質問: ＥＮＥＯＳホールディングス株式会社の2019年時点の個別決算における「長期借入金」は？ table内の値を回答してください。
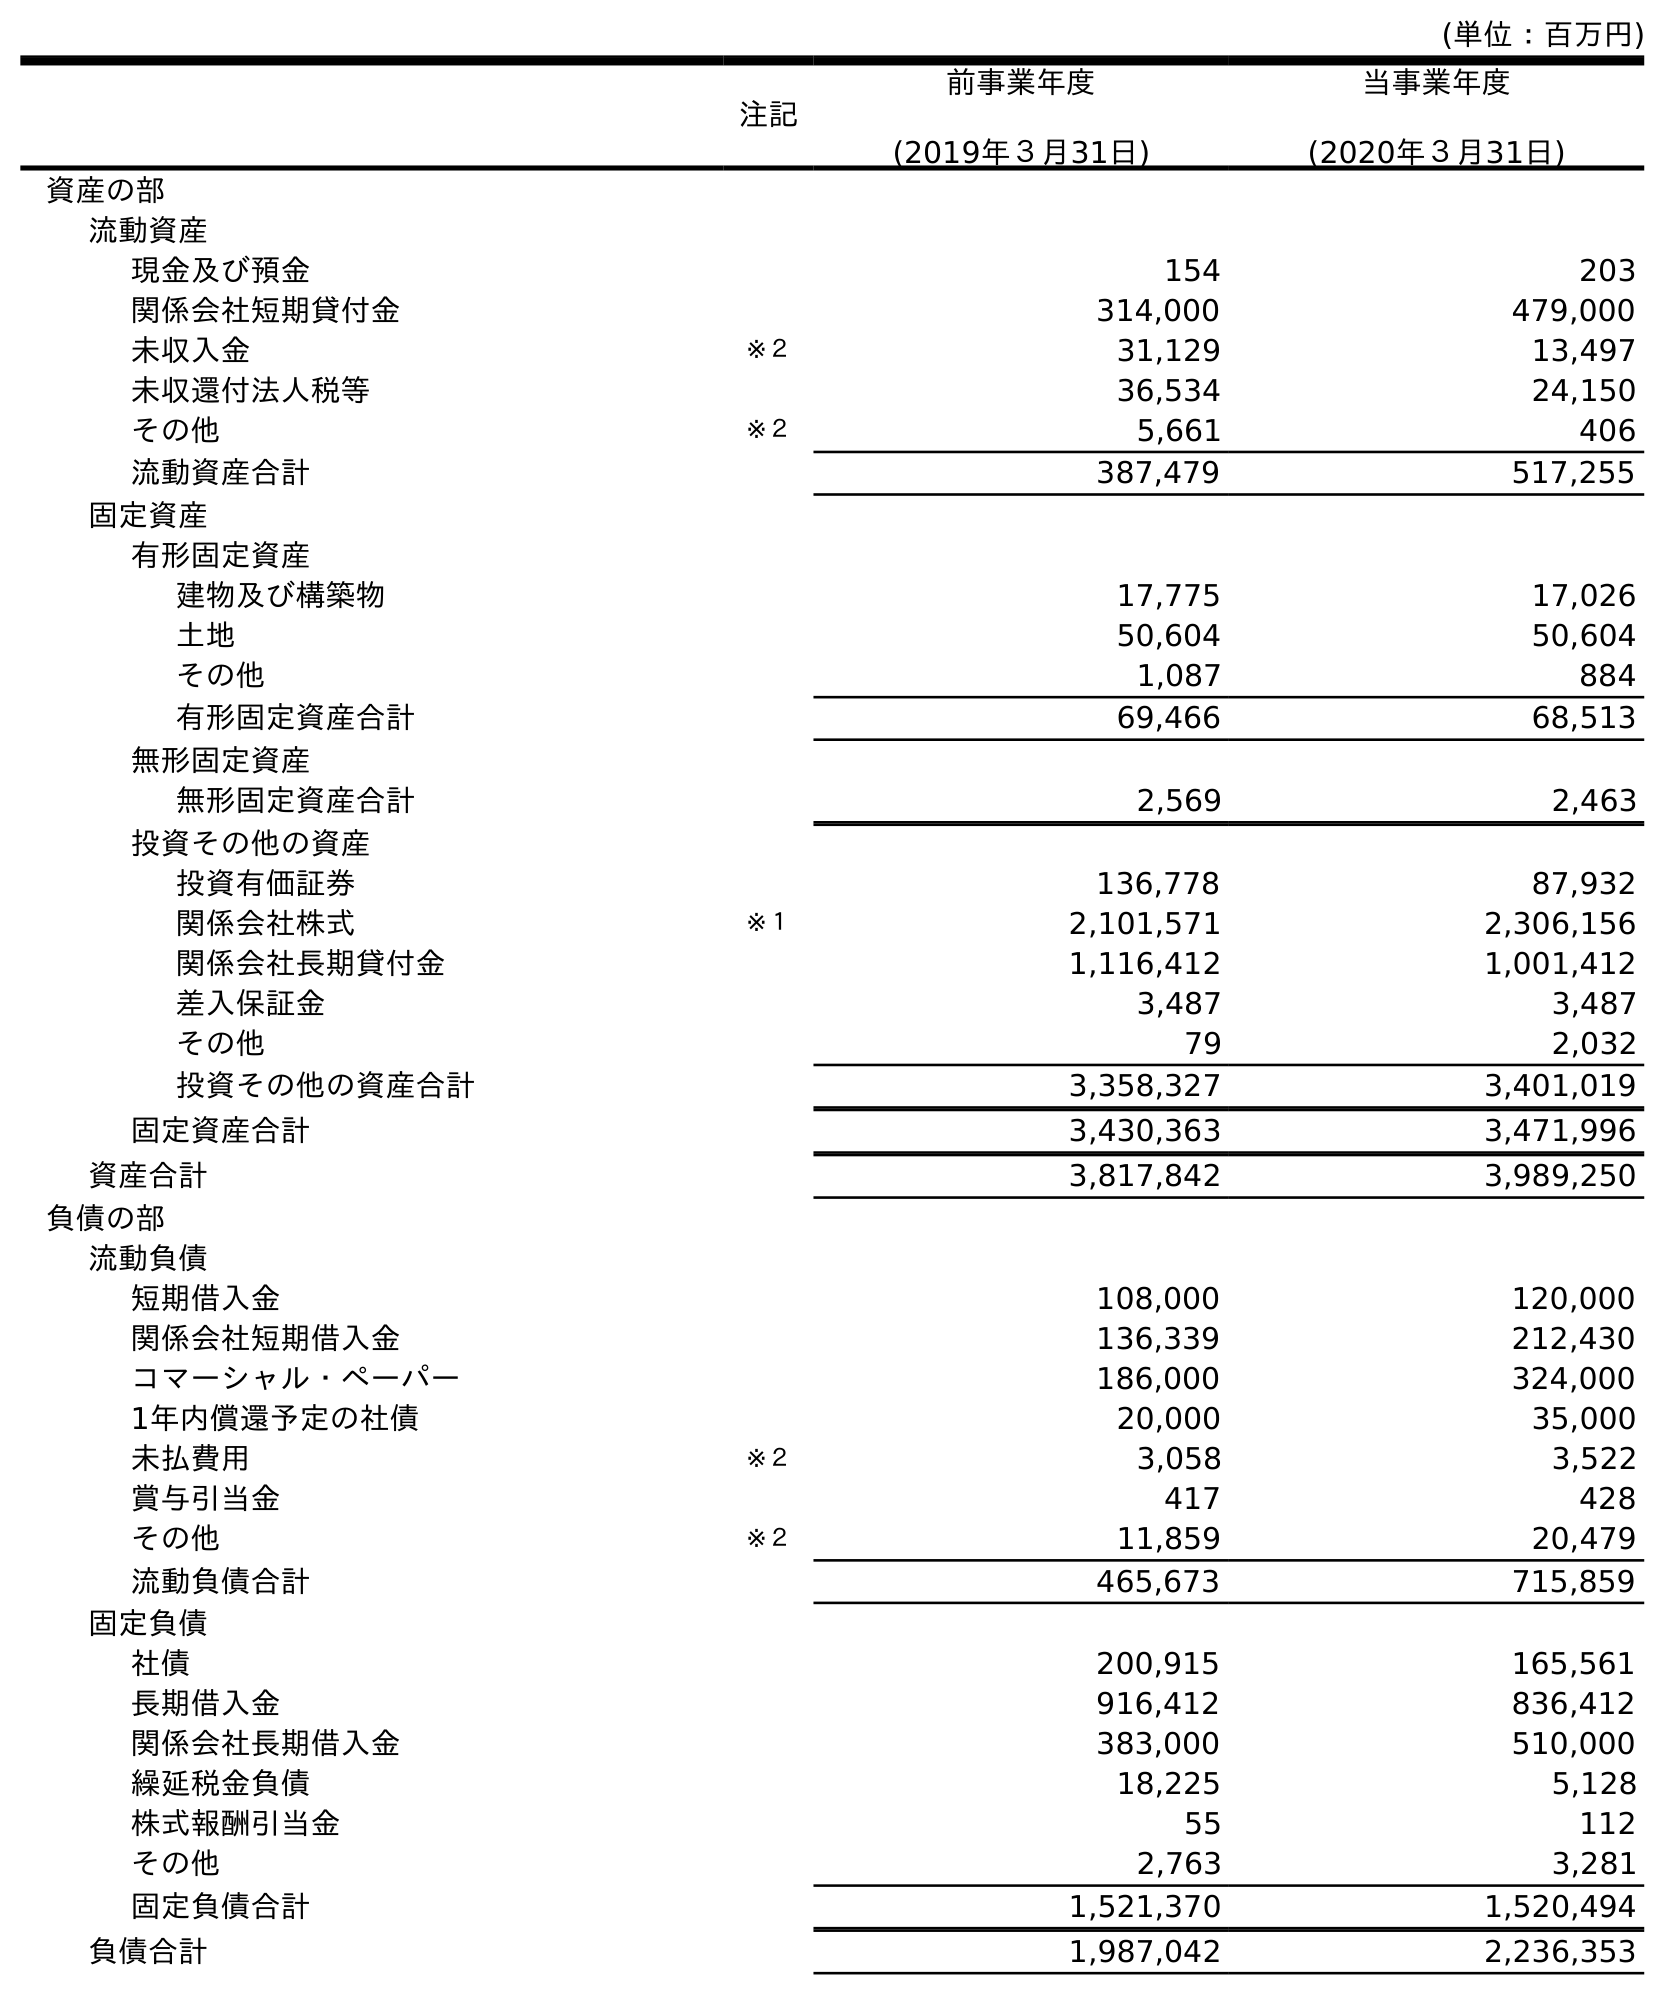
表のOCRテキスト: (単位：百万円) 注記 前事業年度 (2019年３月31日) 当事業年度 (2020年３月31日) 資産の部 流動資産 現金及び預金 154 203 関係会社短期貸付金 314,000 479,000 未収入金 ※２ 31,129 13,497 未収還付法人税等 36,534 24,150 その他 ※２ 5,661 406 流動資産合計 387,479 517,255 固定資産 有形固定資産 建物及び構築物 17,775 17,026 土地 50,604 50,604 その他 1,087 884 有形固定資産合計 69,466 68,513 無形固定資産 無形固定資産合計 2,569 2,463 投資その他の資産 投資有価証券 136,778 87,932 関係会社株式 ※１ 2,101,571 2,306,156 関係会社長期貸付金 1,116,412 1,001,412 差入保証金 3,487 3,487 その他 79 2,032 投資その他の資産合計 3,358,327 3,401,019 固定資産合計 3,430,363 3,471,996 資産合計 3,817,842 3,989,250 負債の部 流動負債 短期借入金 108,000 120,000 関係会社短期借入金 136,339 212,430 コマーシャル・ペーパー 186,000 324,000 1年内償還予定の社債 20,000 35,000 未払費用 ※２ 3,058 3,522 賞与引当金 417 428 その他 ※２ 11,859 20,479 流動負債合計 465,673 715,859 固定負債 社債 200,915 165,561 長期借入金 916,412 836,412 関係会社長期借入金 383,000 510,000 繰延税金負債 18,225 5,128 株式報酬引当金 55 112 その他 2,763 3,281 固定負債合計 1,521,370 1,520,494 負債合計 1,987,042 2,236,353
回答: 916,412